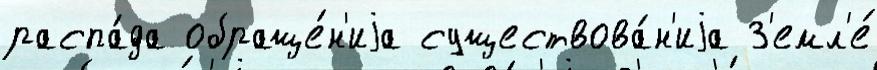
распа́да обраще́н'иjа существова́н'иjа З'емл'е́